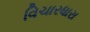
વિચારધારા